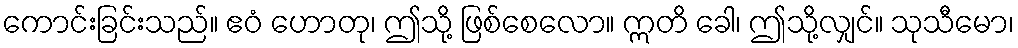
ကောင်းခြင်းသည်။ ဧဝံ ဟောတု၊ ဤသို့ ဖြစ်စေလော။ ဣတိ ခေါ၊ ဤသို့လျှင်။ သုသီမော၊